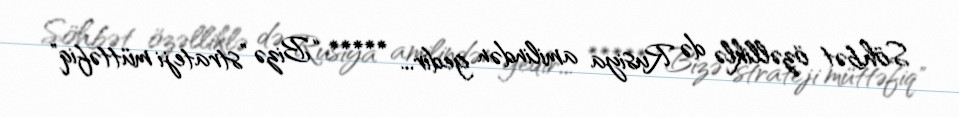
Söhbət özəlliklə də Rusiya amilindən gedir... ***** “Bizə ”strateji müttəfiq"